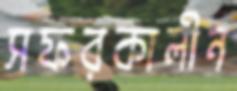
সফরকালীন